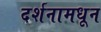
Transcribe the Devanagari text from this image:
दर्शनामधून